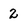
Character: 2